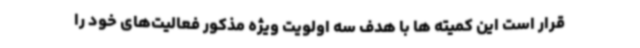
قرار است این کمیته ها با هدف سه اولویت ویژه مذکور فعالیت‌های خود را